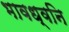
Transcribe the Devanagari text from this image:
भावध्वनि